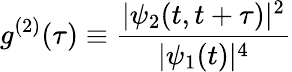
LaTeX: g^{(2)}(\tau)\equiv\frac{|\psi_{2}(t,t+\tau)|^{2}}{|\psi_{1}(t)|^{4}}